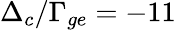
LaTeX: \Delta_{c}/\Gamma_{ge}=-11